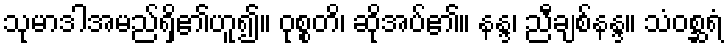
သုမာဒါအမည်ရှိ၏ဟူ၍။ ဝုစ္စတိ၊ ဆိုအပ်၏။ နန္ဒ၊ ညီချစ်နန္ဒ။ သံဝစ္ဆရံ